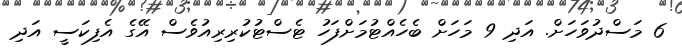
6 މަސްދުވަހަށް. އަދި 9 މަހަށް ބެހެއްޓުމަށްފަހު ޓެސްޓުކުރިރިއުވެސް އޭގެ އެފިކަސީ އަދި